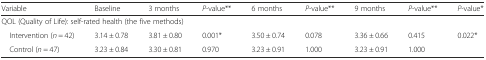
<table><thead><tr><td><b>Variable</b></td><td><b>Baseline</b></td><td><b>3 months</b></td><td><b><i>P</i>-value**</b></td><td><b>6 months</b></td><td><b><i>P</i>-value**</b></td><td><b>9 months</b></td><td><b><i>P</i>-value**</b></td><td><b><i>P</i>-value*</b></td></tr></thead><tbody><tr><td colspan="9">QOL (Quality of Life): self-rated health (the five methods)</td></tr><tr><td> Intervention (<i>n</i> = 42)</td><td>3.14 ± 0.78</td><td>3.81 ± 0.80</td><td>0.001*</td><td>3.50 ± 0.74</td><td>0.078</td><td>3.36 ± 0.66</td><td>0.415</td><td rowspan="2">0.022*</td></tr><tr><td> Control (<i>n</i> = 47)</td><td>3.23 ± 0.84</td><td>3.30 ± 0.81</td><td>0.970</td><td>3.23 ± 0.91</td><td>1.000</td><td>3.23 ± 0.91</td><td>1.000</td></tr></tbody></table>